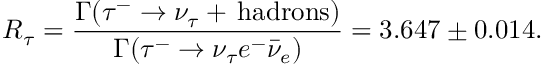
R _ { \tau } = \frac { \Gamma ( \tau ^ { - } \to \nu _ { \tau } + \, \mathrm { h a d r o n s ) } } { \Gamma ( \tau ^ { - } \to \nu _ { \tau } e ^ { - } \bar { \nu } _ { e } ) } = 3 . 6 4 7 \pm 0 . 0 1 4 .